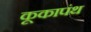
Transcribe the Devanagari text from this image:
कूकापंथ